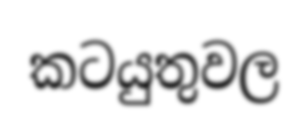
කටයුතුවල